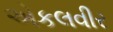
એકલવીર